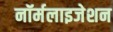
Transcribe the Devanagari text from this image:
नॉर्मलाइजेशन